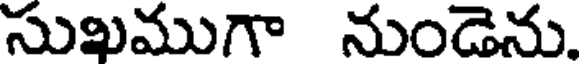
సుఖముగా నుండెను.